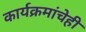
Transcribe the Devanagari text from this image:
कार्यक्रमांचेही